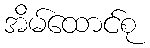
အိမ်ထောင်စု